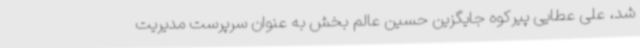
شد، علی عطایی پیرکوه جایگزین حسین عالم بخش به عنوان سرپرست مدیریت